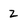
Character: Z